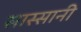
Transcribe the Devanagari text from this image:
सास्सानी